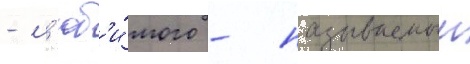
- л'юб'и́мого - называемыи